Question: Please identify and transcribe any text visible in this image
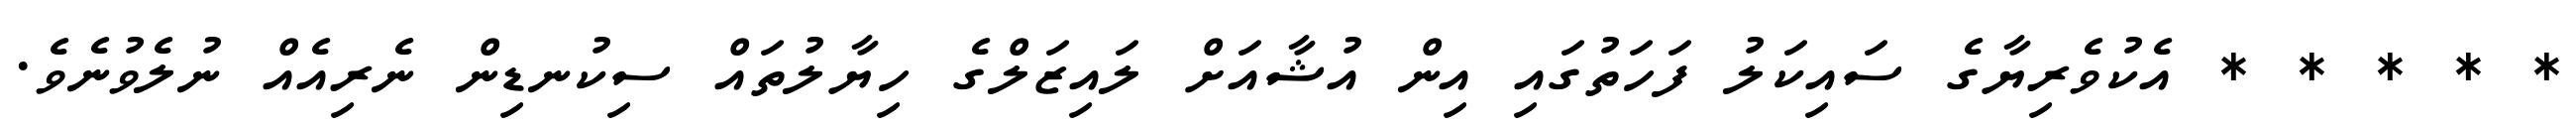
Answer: * * * * * އެކުވެރިޔާގެ ސައިކަލު ފަހަތުގައި އިން އުޝާއަށް ލައިޒަލްގެ ހިޔާލުތައް ސިކުނޑިން ނެރިއެއް ނުލެވުނެވެ.